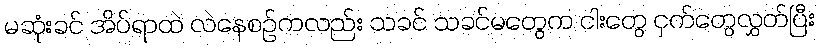
မဆုံးခင် အိပ်ရာထဲ လဲနေစဉ်ကလည်း သခင် သခင်မတွေက ငါးတွေ ငှက်တွေလွှတ်ပြီး